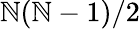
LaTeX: \mathbb{N}(\mathbb{N}-1)/2